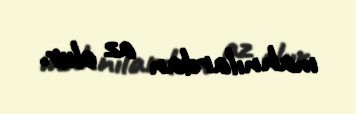
mahnılardan az olur.